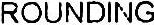
ROUNDING